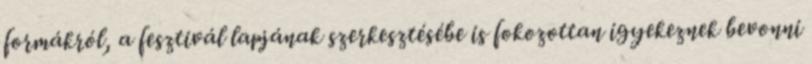
formákról, a fesztivál lapjának szerkesztésébe is fokozottan igyekeznek bevonni